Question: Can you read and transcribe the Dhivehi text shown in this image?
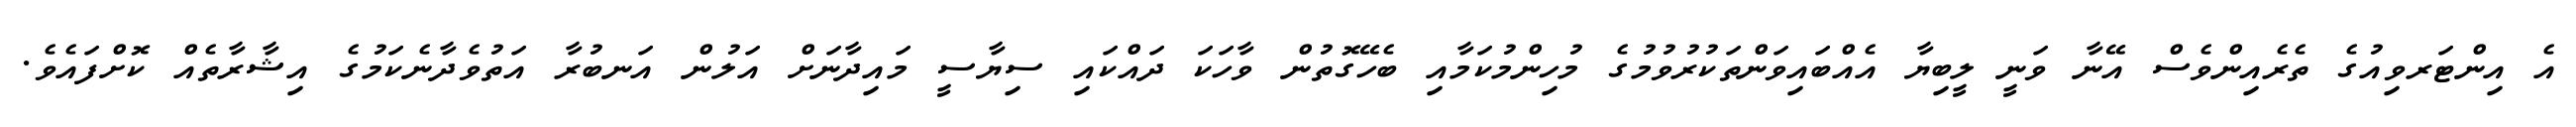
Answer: އެ އިންޓަރވިއުގެ ތެރެއިންވެސް އޭނާ ވަނީ ލީބިޔާ އެއްބައިވަންތަކުރުވުމުގެ މުހިންމުކަމާއި ބެހޭގޮތުން ވާހަކަ ދައްކައި ސިޔާސީ މައިދާނަށް އަލުން އަނބުރާ އަތުވެދާނެކަމުގެ އިޝާރާތެއް ކޮށްފައެވެ.